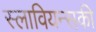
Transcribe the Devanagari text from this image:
स्लावियन्सकी